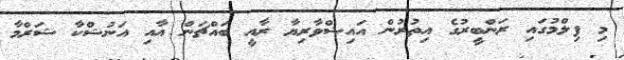
މި ފިލްމުގައި ރަންބީރުގެ އިތުރުން އައިޝްވާރިޔާ ރާއީ ބައްޗަން އާއި އަނުޝްކާ ޝަރްމާ